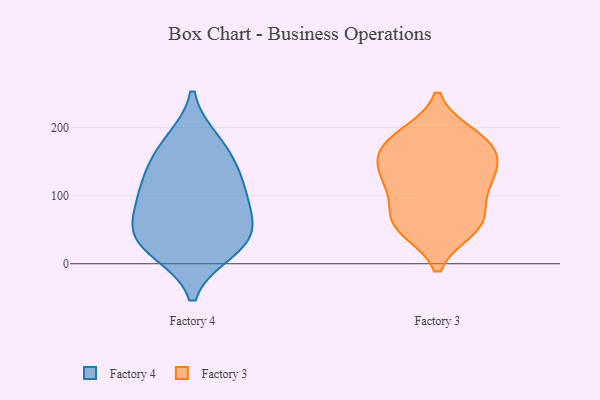
{"axis": {"x": "Production Output", "y": "Value"}, "legend": ["Factory 3", "Factory 4"], "data": [{"x": "", "y": 32, "type": "Factory 4"}, {"x": "", "y": 164, "type": "Factory 4"}, {"x": "", "y": 178, "type": "Factory 4"}, {"x": "", "y": 80, "type": "Factory 4"}, {"x": "", "y": 90, "type": "Factory 4"}, {"x": "", "y": 47, "type": "Factory 4"}, {"x": "", "y": 124, "type": "Factory 4"}, {"x": "", "y": 120, "type": "Factory 4"}, {"x": "", "y": 36, "type": "Factory 4"}, {"x": "", "y": 21, "type": "Factory 4"}, {"x": "", "y": 52, "type": "Factory 3"}, {"x": "", "y": 163, "type": "Factory 3"}, {"x": "", "y": 141, "type": "Factory 3"}, {"x": "", "y": 122, "type": "Factory 3"}, {"x": "", "y": 176, "type": "Factory 3"}, {"x": "", "y": 120, "type": "Factory 3"}, {"x": "", "y": 78, "type": "Factory 3"}, {"x": "", "y": 67, "type": "Factory 3"}, {"x": "", "y": 189, "type": "Factory 3"}, {"x": "", "y": 187, "type": "Factory 3"}, {"x": "", "y": 111, "type": "Factory 3"}, {"x": "", "y": 55, "type": "Factory 3"}, {"x": "", "y": 141, "type": "Factory 3"}, {"x": "", "y": 169, "type": "Factory 3"}, {"x": "", "y": 51, "type": "Factory 3"}]}